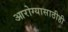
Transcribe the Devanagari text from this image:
आरोग्यासाठीही